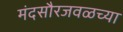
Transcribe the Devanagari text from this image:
मंदसौरजवळच्या